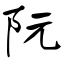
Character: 阮